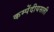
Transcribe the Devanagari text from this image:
कम्पेंदीयसली